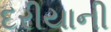
દરીયાની